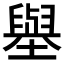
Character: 𡒊